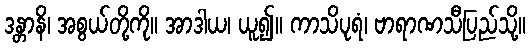
ဒန္တာနိ၊ အစွယ်တို့ကို။ အာဒါယ၊ ယူ၍။ ကာသိပုရံ၊ ဗာရာဏသီပြည်သို့။